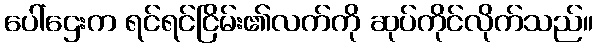
ပေါ်ဌေးက ရင်ရင်ငြိမ်း၏လက်ကို ဆုပ်ကိုင်လိုက်သည်။